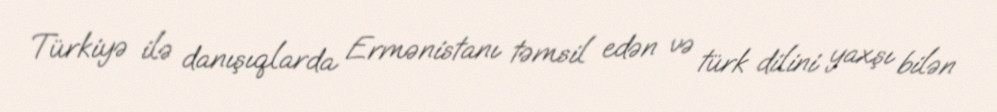
Türkiyə ilə danışıqlarda Ermənistanı təmsil edən və türk dilini yaxşı bilən